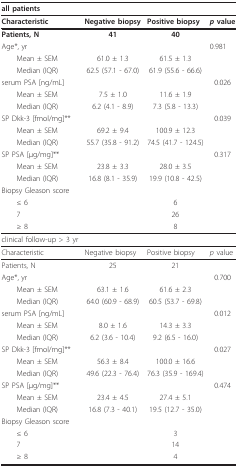
<table><thead><tr><td><b>all patients</b></td><td></td><td></td><td></td></tr></thead><tbody><tr><td><b>Characteristic</b></td><td><b>Negative biopsy</b></td><td><b>Positive biopsy</b></td><td><b><i>p </i>value</b></td></tr><tr><td><b>Patients, N</b></td><td><b>41</b></td><td><b>40</b></td><td></td></tr><tr><td>Age*, yr</td><td></td><td></td><td>0.981</td></tr><tr><td> Mean ± SEM</td><td>61.0 ± 1.3</td><td>61.5 ± 1.3</td><td></td></tr><tr><td> Median (IQR)</td><td>62.5 (57.1 - 67.0)</td><td>61.9 (55.6 - 66.6)</td><td></td></tr><tr><td>serum PSA [ng/mL]</td><td></td><td></td><td>0.026</td></tr><tr><td> Mean ± SEM</td><td>7.5 ± 1.0</td><td>11.6 ± 1.9</td><td></td></tr><tr><td> Median (IQR)</td><td>6.2 (4.1 - 8.9)</td><td>7.3 (5.8 - 13.3)</td><td></td></tr><tr><td>SP Dkk-3 [fmol/mg]**</td><td></td><td></td><td>0.039</td></tr><tr><td> Mean ± SEM</td><td>69.2 ± 9.4</td><td>100.9 ± 12.3</td><td></td></tr><tr><td> Median (IQR)</td><td>55.7 (35.8 - 91.2)</td><td>74.5 (41.7 - 124.5)</td><td></td></tr><tr><td>SP PSA [μg/mg]**</td><td></td><td></td><td>0.317</td></tr><tr><td> Mean ± SEM</td><td>23.8 ± 3.3</td><td>28.0 ± 3.5</td><td></td></tr><tr><td> Median (IQR)</td><td>16.8 (8.1 - 35.9)</td><td>19.9 (10.8 - 42.5)</td><td></td></tr><tr><td>Biopsy Gleason score</td><td></td><td></td><td></td></tr><tr><td> ≤ 6</td><td></td><td>6</td><td></td></tr><tr><td> 7</td><td></td><td>26</td><td></td></tr><tr><td> ≥ 8</td><td></td><td>8</td><td></td></tr><tr><td>clinical follow-up &gt; 3 yr</td><td></td><td></td><td></td></tr><tr><td>Characteristic</td><td>Negative biopsy</td><td>Positive biopsy</td><td><i>p </i>value</td></tr><tr><td>Patients, N</td><td>25</td><td>21</td><td></td></tr><tr><td>Age*, yr</td><td></td><td></td><td>0.700</td></tr><tr><td> Mean ± SEM</td><td>63.1 ± 1.6</td><td>61.6 ± 2.3</td><td></td></tr><tr><td> Median (IQR)</td><td>64.0 (60.9 - 68.9)</td><td>60.5 (53.7 - 69.8)</td><td></td></tr><tr><td>serum PSA [ng/mL]</td><td></td><td></td><td>0.012</td></tr><tr><td> Mean ± SEM</td><td>8.0 ± 1.6</td><td>14.3 ± 3.3</td><td></td></tr><tr><td> Median (IQR)</td><td>6.2 (3.6 - 10.4)</td><td>9.2 (6.5 - 16.0)</td><td></td></tr><tr><td>SP Dkk-3 [fmol/mg]**</td><td></td><td></td><td>0.027</td></tr><tr><td> Mean ± SEM</td><td>56.3 ± 8.4</td><td>100.0 ± 16.6</td><td></td></tr><tr><td> Median (IQR)</td><td>49.6 (22.3 - 76.4)</td><td>76.3 (35.9 - 169.4)</td><td></td></tr><tr><td>SP PSA [μg/mg]**</td><td></td><td></td><td>0.474</td></tr><tr><td> Mean ± SEM</td><td>23.4 ± 4.5</td><td>27.4 ± 5.1</td><td></td></tr><tr><td> Median (IQR)</td><td>16.8 (7.3 - 40.1)</td><td>19.5 (12.7 - 35.0)</td><td></td></tr><tr><td>Biopsy Gleason score</td><td></td><td></td><td></td></tr><tr><td> ≤ 6</td><td></td><td>3</td><td></td></tr><tr><td> 7</td><td></td><td>14</td><td></td></tr><tr><td> ≥ 8</td><td></td><td>4</td><td></td></tr></tbody></table>